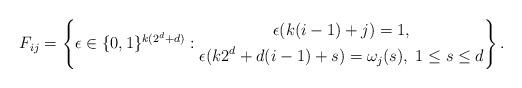
LaTeX: \begin{align*}F_{ij}= \left\{ \epsilon\in \{0,1\}^{k(2^d+d)}:\begin{gathered}\epsilon({k(i-1)+j})=1, \\ \epsilon({k2^d+d(i-1)+s})=\omega_j(s),\;1\leq s\leq d \end{gathered}\right\}.\end{align*}